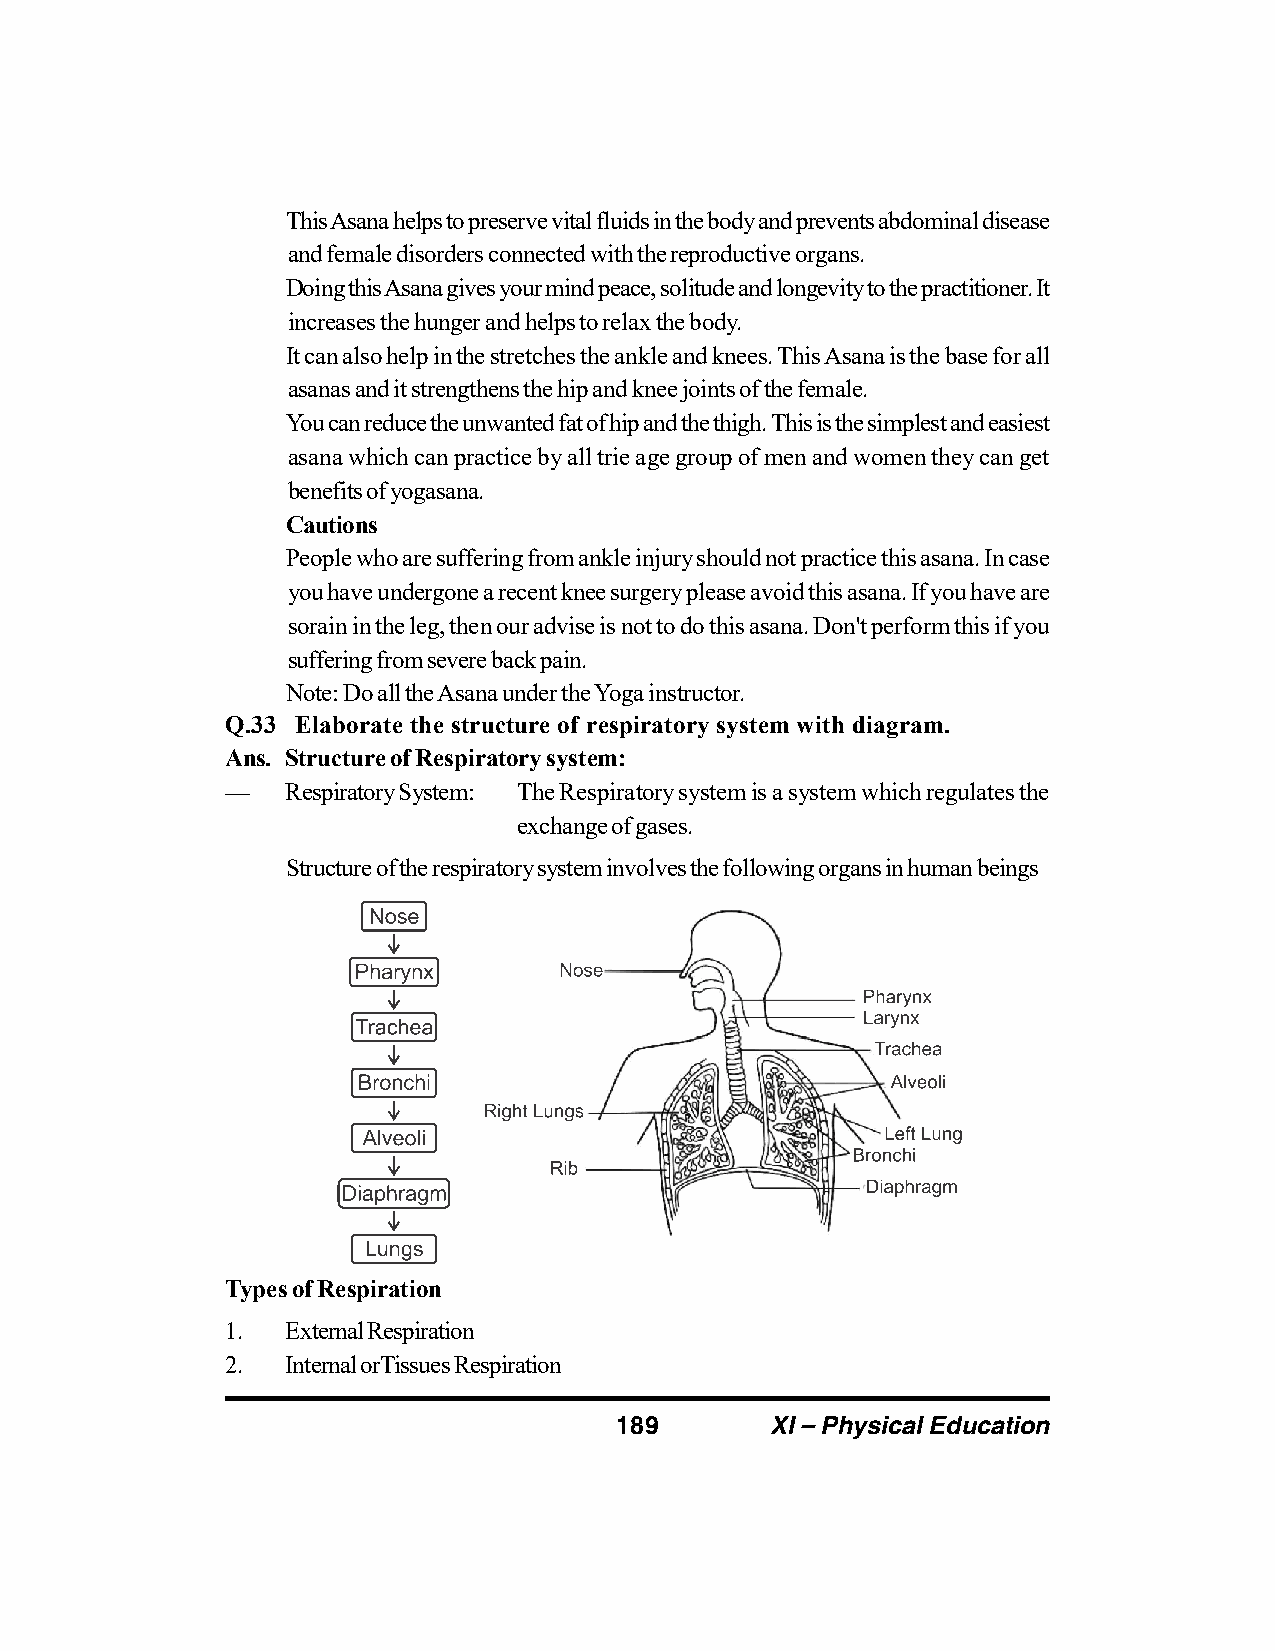
This Asana helps to preserve vital fluids in the body and prevents abdominal disease
 and female disorders connected with the reproductive organs.
 Doing this Asana gives your mind peace, solitude and longevity to the practitioner. It
 increases the hunger and helps to relax the body.
 It can also help in the stretches the ankle and knees. This Asana is the base for all
 asanas and it strengthens the hip and knee joints of the female.
 You can reduce the unwanted fat of hip and the thigh. This is the simplest and easiest
 asana which can practice by all trie age group of men and women they can get
 benefits of yogasana.
 Cautions
 People who are suffering from ankle injury should not practice this asana. In case
 you have undergone a recent knee surgery please avoid this asana. If you have are
 sorain in the leg, then our advise is not to do this asana. Don't perform this if you
 suffering from severe back pain.
 Note: Do all the Asana under the Yoga instructor.
 Q.33 Elaborate the structure of respiratory system with diagram.
 Ans. Structure of Respiratory system:
 —   Respiratory System: The Respiratory system is a system which regulates the
 exchange of gases.
 Structure of the respiratory system involves the following organs in human beings
 Types of Respiration
 1.  External Respiration
 2.  Internal orTissues Respiration
 189       XI – Physical Education